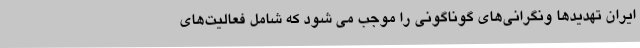
ایران تهدیدها ونگرانی‌های گوناگونی را موجب می شود که شامل فعالیت‌های